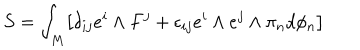
S = \int _ { M } \bigl [ \delta _ { i j } e ^ { i } \wedge F ^ { j } + \epsilon _ { i j } e ^ { i } \wedge e ^ { j } \wedge \pi _ { n } d \phi _ { n } \bigr ]